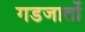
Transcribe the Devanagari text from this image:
गडजातों